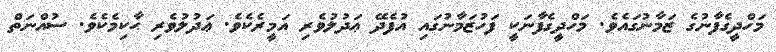
މަހްދީގެފާނުގެ ޒަމާނުގައެވެ. މަހްދީގެފާނަކީ ފަހުޒަމާނުގައި އުފެދޭ ޢަދުލުވެރި އަމީރެކެވެ. ޢަދުލުވެރި ޙާކިމެކެވެ. ސުއްނަތް